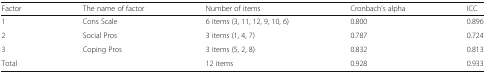
<table><thead><tr><td><b>Factor</b></td><td><b>The name of factor</b></td><td><b>Number of items</b></td><td><b>Cronbach’s alpha</b></td><td><b>ICC</b></td></tr></thead><tbody><tr><td>1</td><td>Cons Scale</td><td>6 items (3, 11, 12, 9, 10, 6)</td><td>0.800</td><td>0.896</td></tr><tr><td>2</td><td>Social Pros</td><td>3 items (1, 4, 7)</td><td>0.787</td><td>0.724</td></tr><tr><td>3</td><td>Coping Pros</td><td>3 items (5, 2, 8)</td><td>0.832</td><td>0.813</td></tr><tr><td colspan="2">Total</td><td>12 items</td><td>0.928</td><td>0.933</td></tr></tbody></table>